Report of the Municipal Commissioner on the plague in Bombay for the year ending 31st May... - Volume 1
Disease focus: Plague
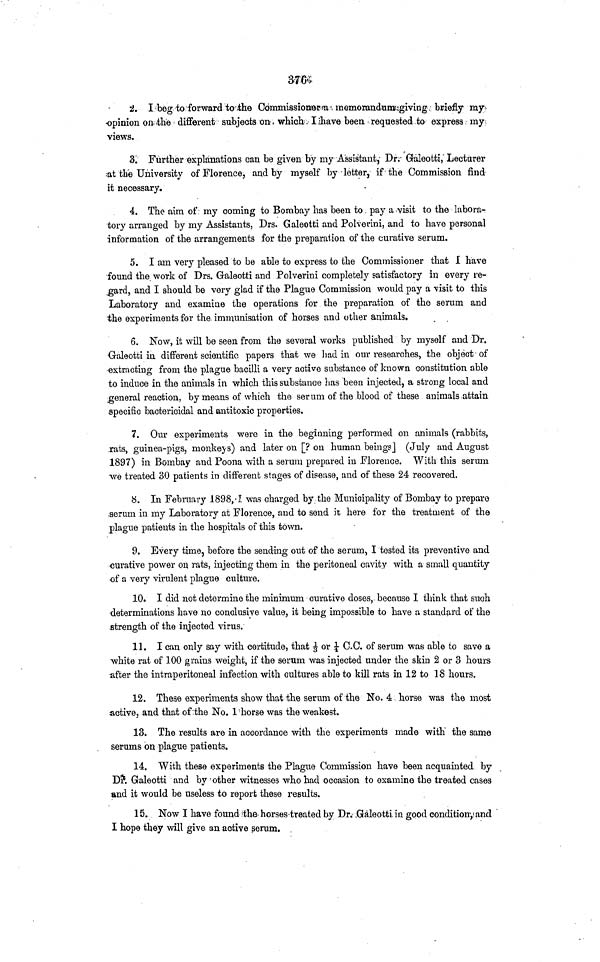
376
2. I beg to forward to the Commissioner memorandum giving briefly my
opinion on the different subjects on which I have been requested to express my
views.
3. Further explanations can be given by my Assistant, Dr. Galeotti, Lecturer
at the University of Florence, and by myself by letter, if the Commission find
it necessary.
4. The aim of my coming to Bombay has been to, pay a visit to the labora-
tory arranged by my Assistants, Drs. Galeotti and Polverini, and to have personal
information of the arrangements for the preparation of the curative serum.
5. I am very pleased to be able to express to the Commissioner that I have
found the work of Drs. Galeotti and Polverini completely satisfactory in every re-
gard, and I should be very glad if the Plague Commission would pay a visit to this
Laboratory and examine the operations for the preparation of the serum and
the experiments for the immunisation of horses and other animals.
6. Now, it will be seen from the several works published by myself and Dr.
Galeotti in different scientific papers that we had in our researches, the object of
extracting from the plague bacilli a very active substance of known constitution able
to induce in the animals in which this substance has been injected, a strong local and
general reaction, by means of which the serum of the blood of these animals attain
specific bactericidal and antitoxic properties.
7. Our experiments were in the beginning performed 011 animals (rabbits,
rats, guinea-pigs, monkejs) and later on [? on human beings] (July and August
1897) in Bombay and Poona with a serum prepared in Florence. With this serum
we treated 30 patients in different stages of disease, and of these 24 recovered.
8. In February 1898, I was charged by the Municipality of Bombay to prepare
serum in my Laboratory at Florence, and to send it here for the treatment of the
plague patients in the hospitals of this town.
9. Every time, before the sending out of the serum, I tested its preventive and
curative power on rats, injecting them in the peritoneal cavity with a small quantity
of a very virulent plague culture.
10. I did not determine the minimum curative doses, because I think that such
determinations have no conclusive value, it being impossible to have a standard of the
strength of the injected virus.
11. I can only say with certitude, that 1/3 or ½ C.C. of serum was able to save a
white rat of 100 grains weight, if the serum was injected under the skin 2 or 3 hours
after the intraperitoneal infection with cultures able to kill rats in 12 to 18 hours.
12. These experiments show that the serum of the No. 4 , horse was the most
active, and that of the No. 1 horse was the weakest.
13. The results are in accordance with the experiments made with the same
serums on plague patients.
14. With these experiments the Plague Commission have been acquainted by
Dr. Galeotti and by other witnesses who had occasion to examine the treated cases
and it would be useless to report these results.
15. Now I have found the horses treated by Dr. Galeotti in good condition, and
I hope they will give an active serum.